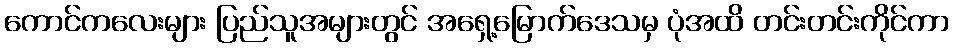
ကောင်ကလေးများ ပြည်သူအများတွင် အရှေ့မြောက်ဒေသမှ ပုံအထိ တင်းတင်းကိုင်ကာ